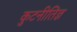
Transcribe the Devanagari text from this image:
कुटनीतिज्ञ